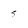
Character: 5